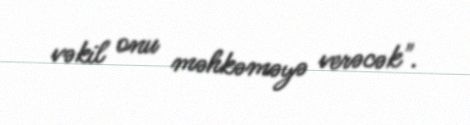
vəkil onu məhkəməyə verəcək".